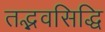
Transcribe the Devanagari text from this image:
तद्भवसिद्धि